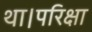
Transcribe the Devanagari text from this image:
था।परिक्षा